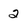
Character: 2